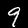
Label: 9